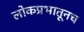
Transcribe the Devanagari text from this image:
लोकप्रभातूनच